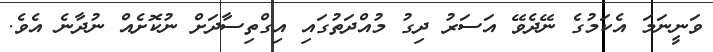
ވަނީނަމަ އެކަމުގެ ނޭދެވޭ އަސަރު ދިގު މުއްދަތުގައި އިގްތިސާދަށް ނުކޮށެއް ނުދާނެ އެވެ.